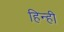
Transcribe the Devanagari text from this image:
हिन्ही